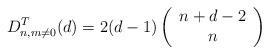
LaTeX: \begin{align*}D^{T}_{n,m\neq 0}(d)=2 (d-1) \left(\begin{array}{c}n+d-2\\n\\\end{array}\right)\end{align*}